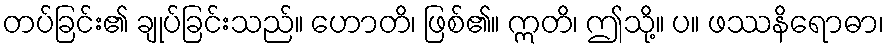
တပ်ခြင်း၏ ချုပ်ခြင်းသည်။ ဟောတိ၊ ဖြစ်၏။ ဣတိ၊ ဤသို့။ ပ။ ဖဿနိရောဓာ၊